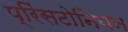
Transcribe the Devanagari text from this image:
प्रिंसटोनियन